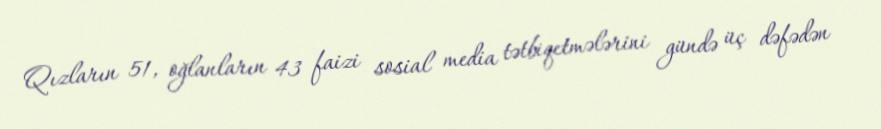
Qızların 51, oğlanların 43 faizi sosial media tətbiqetmələrini gündə üç dəfədən